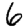
Digit: 6